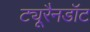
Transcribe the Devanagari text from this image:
ट्यूरैनडॉट